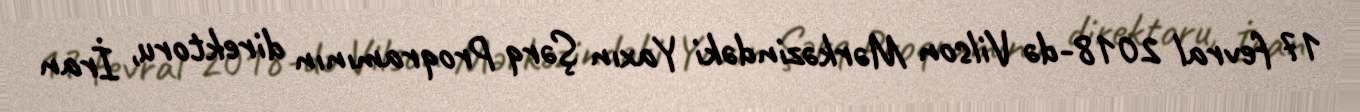
17 fevral 2018-də Vilson Mərkəzindəki Yaxın Şərq Proqramının direktoru, İran